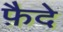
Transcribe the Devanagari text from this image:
फ़ैदे